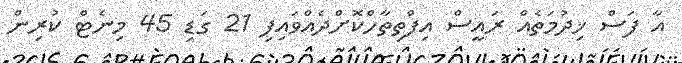
އާ ފަސް ޚިދުމަތެއް ރައީސް އިފްތިތާހްކޮށްދެއްވައިފި 21 ގަޑި 45 މިނެޓް ކުރިން